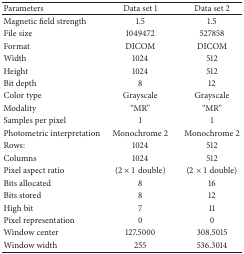
| Parameters | Data set 1 | Data set 2 |
 | --- | --- | --- |
 | Magnetic field strength | 1.5 | 1.5 |
 | File size | 1049472 | 527858 |
 | Format | DICOM | DICOM |
 | Width | 1024 | 512 |
 | Height | 1024 | 512 |
 | Bit depth | 8 | 12 |
 | Color type | Grayscale | Grayscale |
 | Modality | “MR” | “MR” |
 | Samples per pixel | 1 | 1 |
 | Photometric interpretation | Monochrome 2 | Monochrome 2 |
 | Rows: | 1024 | 512 |
 | Columns | 1024 | 512 |
 | Pixel aspect ratio | (2 × 1 double) | (2 × 1 double) |
 | Bits allocated | 8 | 16 |
 | Bits stored | 8 | 12 |
 | High bit | 7 | 11 |
 | Pixel representation | 0 | 0 |
 | Window center | 127.5000 | 308.5015 |
 | Window width | 255 | 536.3014 |